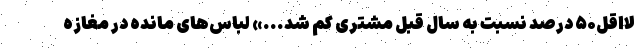
لااقل۵۰ درصد نسبت به سال قبل مشتری کم شد...» لباس‌های مانده در مغازه